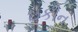
ઇકીન